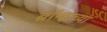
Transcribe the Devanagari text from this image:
ब्रॉन्झच्या